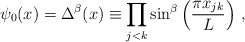
\begin{align*}\psi_0(x) =\Delta^\beta(x) \equiv\prod_{j<k}\sin^\beta\left(\frac{\pi x_{jk}}{L}\right) \, ,\end{align*}